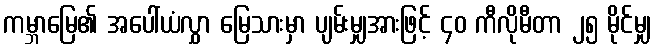
ကမ္ဘာမြေ၏ အပေါ်ယံလွှာ မြေသားမှာ ပျမ်းမျှအားဖြင့် ၄၀ ကီလိုမီတာ ၂၅ မိုင်မျှ